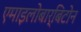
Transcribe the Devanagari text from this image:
एमाइलोबार्बिटोन